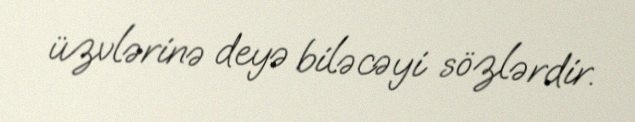
üzvlərinə deyə biləcəyi sözlərdir.